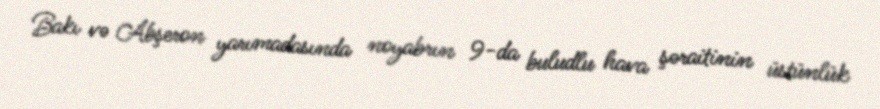
Bakı və Abşeron yarımadasında noyabrın 9-da buludlu hava şəraitinin üstünlük